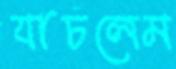
যাচলেম